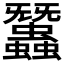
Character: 𧕽